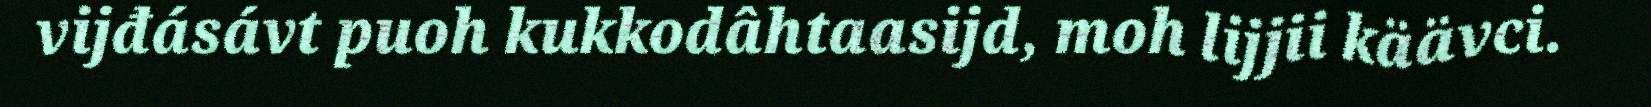
vijđásávt puoh kukkodâhtaasijd, moh lijjii käävci.